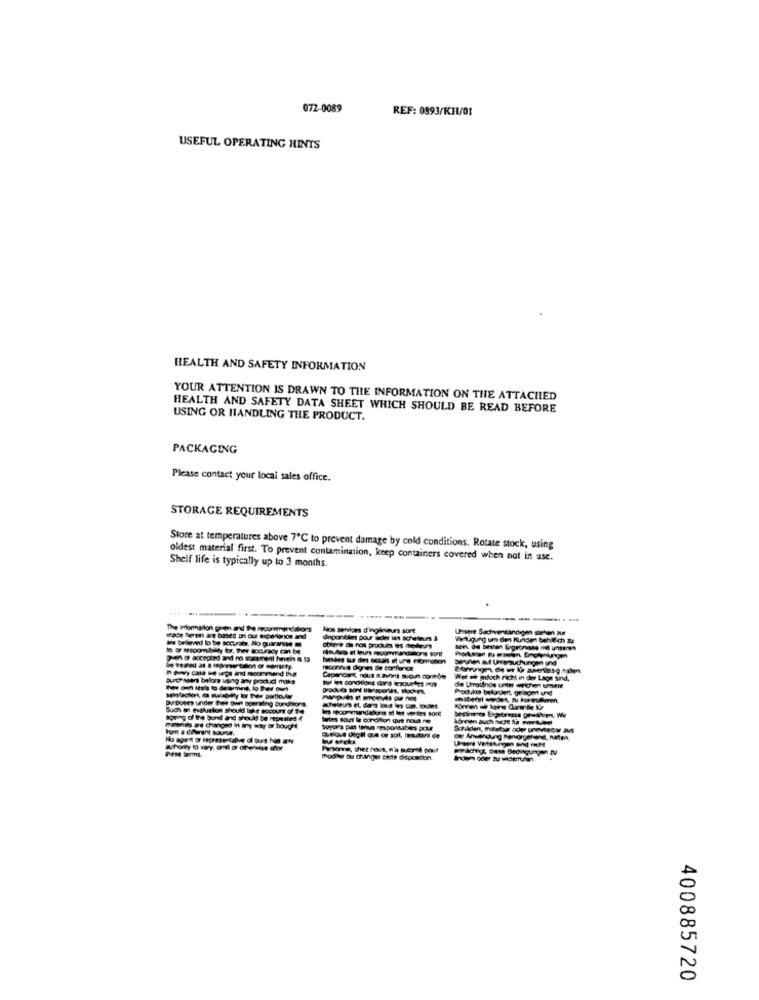
072-0089
REF: 0893/K11/01
USEFUL OPERATING HINTS
HEALTH AND SAFETY INFORMATION
YOUR ATTENTION IS DRAWN TO THE INFORMATION ON THE ATTACHED
HEALTH AND SAFETY DATA SHEET WHICH SHOULD BE READ BEFORE
USING OR HANDLING THE PRODUCT.
PACKAGING
Please contact your local sales office.
STORAGE REQUIREMENTS
Store at temperatures above 7℃ to prevent damage by cold conditions. Rotate stock, using
oldest material first. To prevent contamination, keep containers covered when not in use.
Shelf life is typically up to 3 months.
----
Nos services d'ingénieurs sort
Unsere Sachverständigen stehen Ju
Ins televed lo be socrate. No guarantee
dapor cia pour acer ias acheteurs à
Yenigung um den Kunden behlech zu
Ooltre die not prockurs les meileurs
sein, de besten Gageonste mit unseren
Juin af Unrensuchungen und
BLach Ment before using any prackud mass
Cependant, nous a avons aucun contrible
But les conditions dans lesquetes aus
Aww adoch nicht a der Lage sind,
Pipolis belagert. griagent und
de Untilnde unter welchen unsere
Dy toses under their own operating curditions
Such
Such a paluskon Should lohr eocount of 14
Soung of the bund and should be repeated &
Suyu's pitt this responsables pour
ow Awendung hervorgehend, Rate
mody ou changer cane disposcon
400885720